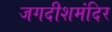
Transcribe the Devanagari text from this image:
जगदीशमंदिर